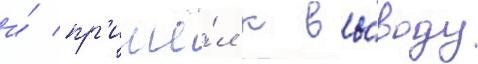
и́ пр'ишё́л к вы́воду